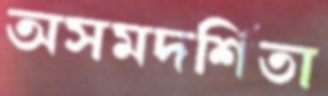
অসমদর্শিতা